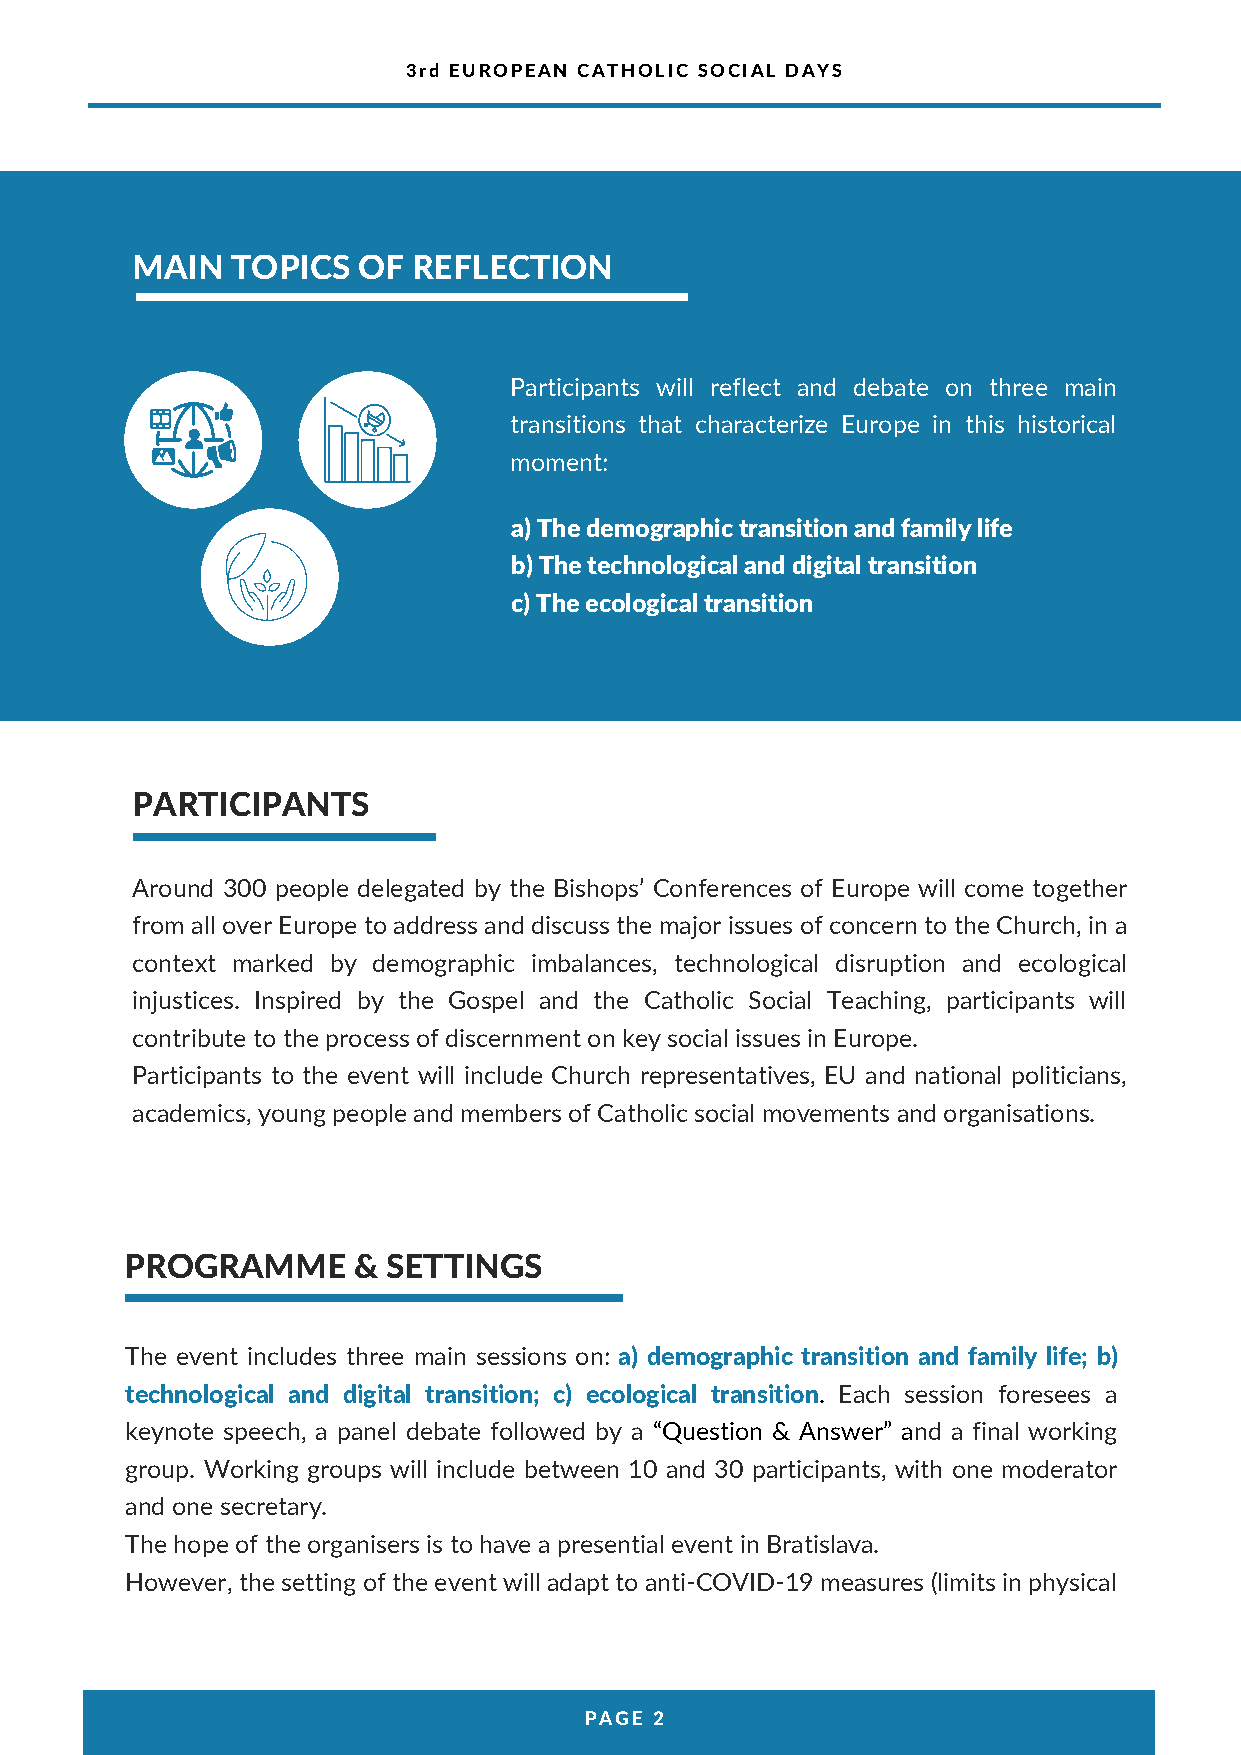
3rd EUROPEAN CATHOLIC SOCIAL DAYS
 3RD EUROPEAN CATHOLIC SOCIAL DAYS
 MAIN  TOPICS   OF REFLECTION
 Participants will reflect and debate on three main
 transitions that characterize Europe in this historical
 moment:
 a) The demographic transition and family life
 b) The technological and digital transition
 c) The ecological transition
 PARTICIPANTS
 Around 300 people delegated by the Bishops’ Conferences of Europe will come together
 from all over Europe to address and discuss the major issues of concern to the Church, in a
 context marked by demographic imbalances, technological disruption and ecological
 injustices. Inspired by the Gospel and the Catholic Social Teaching, participants will
 contribute to the process of discernment on key social issues in Europe.
 Participants to the event will include Church representatives, EU and national politicians,
 academics, young people and members of Catholic social movements and organisations.
 PROGRAMME      &  SETTINGS
 The event includes three main sessions on: a) demographic transition and family life; b)
 technological and digital transition; c) ecological transition. Each session foresees a
 keynote speech, a panel debate followed by a “Question & Answer” and a final working
 group. Working groups will include between 10 and 30 participants, with one moderator
 and one secretary.
 The hope of the organisers is to have a presential event in Bratislava.
 However, the setting of the event will adapt to anti-COVID-19 measures (limits in physical
 PAGE 2